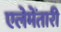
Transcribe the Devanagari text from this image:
एलेमेंतारी